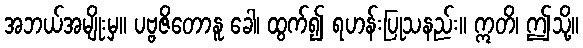
အဘယ်အမျိုးမှ။ ပဗ္ဗဇိတောနူ ခေါ၊ ထွက်၍ ရဟန်းပြုသနည်း။ ဣတိ၊ ဤသို့။